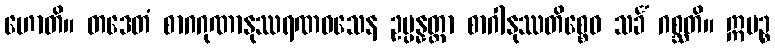
ဟောတိ။ တဒေတံ စာဂဂုဏာနုဿရဏဝသေန ဥပ္ပန္နတ္တာ စာဂါနုဿတိစ္စေဝ သင်္ခံ ဂစ္ဆတိ။ ဣမဉ္စ